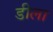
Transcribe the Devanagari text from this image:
डीला